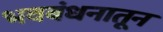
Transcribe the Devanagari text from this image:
भवबंधनातून